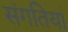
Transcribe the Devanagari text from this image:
संगतियां